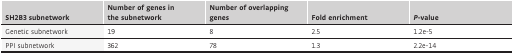
<table><thead><tr><td><b>SH2B3 subnetwork</b></td><td><b>Number of genes in the subnetwork</b></td><td><b>Number of overlapping genes</b></td><td><b>Fold enrichment</b></td><td><b><i>P</i>-value</b></td></tr></thead><tbody><tr><td>Genetic subnetwork</td><td>19</td><td>8</td><td>2.5</td><td>1.2e-5</td></tr><tr><td>PPI subnetwork</td><td>362</td><td>78</td><td>1.3</td><td>2.2e-14</td></tr></tbody></table>